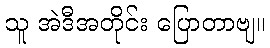
သူ အဲဒီအတိုင်း ပြောတာဗျ။